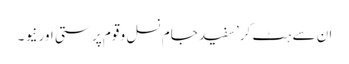
ان سے ہٹ کر’ سفید جام نسل و قوم پر ستی اور نیو ۔